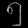
Digit: ၅